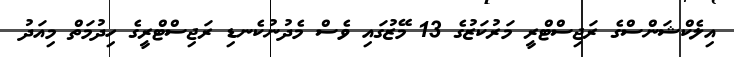
އިލެކްޝަންސްގެ ރަޖިސްޓްރީ މަރުކަޒުގެ 13 މޭޒުގައި ވެސް މެދުނުކެނޑި ރަޖިސްޓްރީގެ ހިދުމަތް މިއަދު